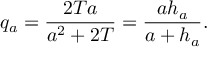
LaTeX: q _ { a } = { \frac { 2 T a } { a ^ { 2 } + 2 T } } = { \frac { a h _ { a } } { a + h _ { a } } } .